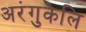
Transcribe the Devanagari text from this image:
अरंगुकेलि